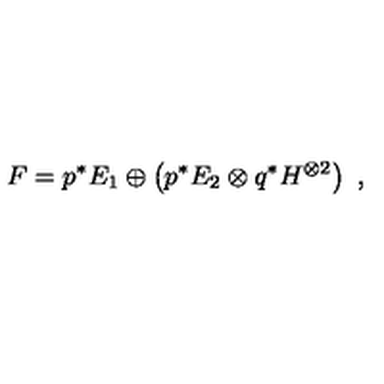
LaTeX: F = p ^ { * } E _ { 1 } \oplus \left( p ^ { * } E _ { 2 } \otimes q ^ { * } H ^ { \otimes 2 } \right) \ ,